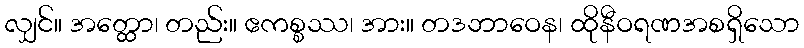
လျှင်။ အတ္ထော၊ တည်း။ ဧကစ္စဿ၊ အား။ တဒဘာဝေန၊ ထိုနီဝရဏအစရှိသော